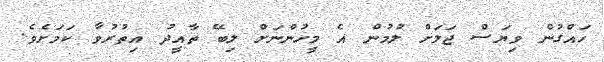
ހައްގުން ވިޔަސް ޖަލަށް ލުމުން އެ މީހުންނަށް ލިބޭ ތާއީދު އިތުރުވާ ކަމަށެވެ.